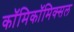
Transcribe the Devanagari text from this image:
काॅमिकॉमिक्सल